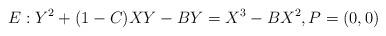
LaTeX: \begin{align*}E:Y^2 + (1-C)XY - BY = X^3 - BX^2,P=(0,0)\end{align*}